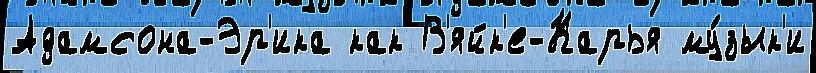
Адамсона-Эр'ика как В'яйк'е-Карья му́зык'и